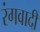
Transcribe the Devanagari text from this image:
रंगवादी